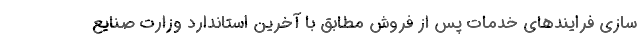
سازی فرایندهای خدمات پس از فروش مطابق با آخرین استاندارد وزارت صنایع